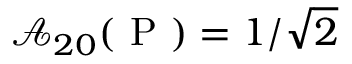
\mathcal { A } _ { 2 0 } ( \mathrm { ~ P ~ } ) = 1 / \sqrt { 2 }